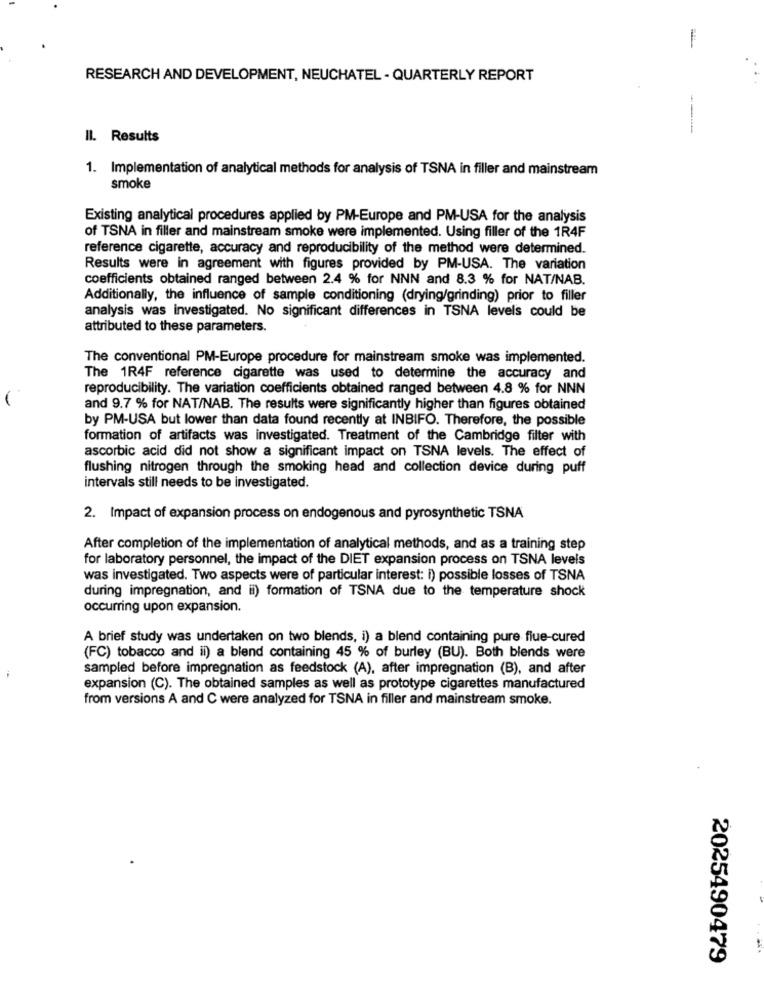
RESEARCH AND DEVELOPMENT, NEUCHATEL - QUARTERLY REPORT
Il. Results
1. Implementation of analytical methods for analysis of TSNA in filler and mainstream
smoke
Existing analytical procedures applied by PM-Europe and PM-USA for the analysis
of TSNA in filler and mainstream smoke were implemented. Using filler of the 1R4F
reference cigarette, accuracy and reproducibility of the method were determined.
Results were in agreement with figures provided by PM-USA. The variation
coefficients obtained ranged between 2.4 % for NNN and 8.3 % for NAT/NAB.
Additionally, the influence of sample conditioning (drying/grinding) prior to filler
analysis was investigated. No significant differences in TSNA levels could be
attributed to these parameters.
The conventional PM-Europe procedure for mainstream smoke was implemented.
The 1R4F reference cigarette was used to determine the accuracy and
reproducibility. The variation coefficients obtained ranged between 4.8 % for NNN
and 9.7 % for NAT/NAB. The results were significantly higher than figures obtained
by PM-USA but lower than data found recently at INBIFO. Therefore, the possible
formation of artifacts was investigated. Treatment of the Cambridge filter with
ascorbic acid did not show a significant impact on TSNA levels. The effect of
flushing nitrogen through the smoking head and collection device during puff
intervals still needs to be investigated.
2. Impact of expansion process on endogenous and pyrosynthetic TSNA
After completion of the implementation of analytical methods, and as a training step
for laboratory personnel, the impact of the DIET expansion process on TSNA levels
was investigated. Two aspects were of particular interest: i) possible losses of TSNA
during impregnation, and ii) formation of TSNA due to the temperature shock
occurring upon expansion.
A brief study was undertaken on two blends, i) a blend containing pure flue-cured
(FC) tobacco and il) a blend containing 45 % of burley (BU). Both blends were
sampled before impregnation as feedstock (A), after impregnation (B), and after
expansion (C). The obtained samples as well as prototype cigarettes manufactured
from versions A and C were analyzed for TSNA in filler and mainstream smoke.
2025490479